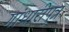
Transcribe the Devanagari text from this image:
गांधारीपुत्र